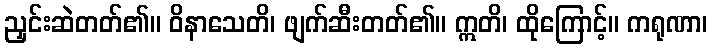
ညှင်းဆဲတတ်၏။ ဝိနာသေတိ၊ ဖျက်ဆီးတတ်၏။ ဣတိ၊ ထိုကြောင့်။ ကရုဏာ၊